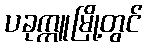
ပခုက္ကူမြို့တွင်